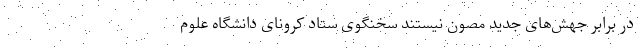
در برابر جهش‌های جدید مصون نیستند سخنگوی ستاد کرونای دانشگاه علوم